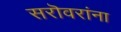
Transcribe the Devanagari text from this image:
सरॊवरांना